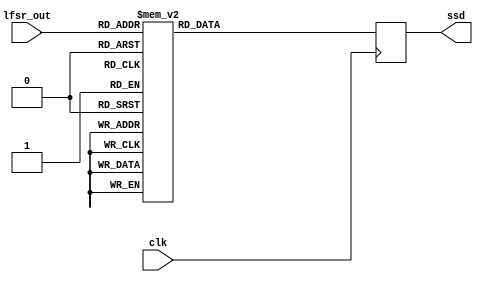



module lfsr_to_ssd(
     output reg[6:0]ssd,
     input clk,
     input [3:0]lfsr_out
     );
     
     always@(posedge clk)
     begin
          case(lfsr_out)
          4'b0000:ssd=7'b0000001;
          4'b1000:ssd=7'b0000000;
          4'b1100:ssd=7'b0110001;
          4'b1110:ssd=7'b0110000;
          4'b0111:ssd=7'b0001111;
          4'b1011:ssd=7'b1100000;
          4'b1101:ssd=7'b1000010;
          4'b0110:ssd=7'b0100000;
          4'b0011:ssd=7'b0000110;
          4'b1001:ssd=7'b0000100;
          4'b0100:ssd=7'b1101100;
          default:ssd=7'b1111111;
          endcase
     end
endmodule